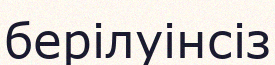
берілуінсіз